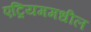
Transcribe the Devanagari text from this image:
एट्रियममधील